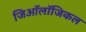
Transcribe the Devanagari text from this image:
जिऑलॉजिकल